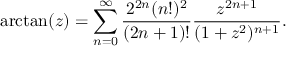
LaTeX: \arctan ( z ) = \sum _ { n = 0 } ^ { \infty } { \frac { 2 ^ { 2 n } ( n ! ) ^ { 2 } } { ( 2 n + 1 ) ! } } { \frac { z ^ { 2 n + 1 } } { ( 1 + z ^ { 2 } ) ^ { n + 1 } } } .